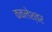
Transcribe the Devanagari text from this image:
ककलेश्वर